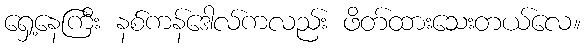
ရှေ့နေကြီး နစ်ကန်ဒေါလ်ကလည်း ဖိတ်ထားသေးတယ်လေ။